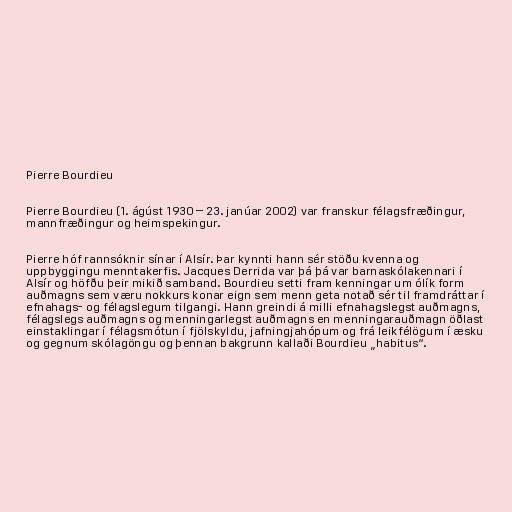
Pierre Bourdieu

Pierre Bourdieu (1. ágúst 1930 – 23. janúar 2002) var franskur félagsfræðingur,
mannfræðingur og heimspekingur.

Pierre hóf rannsóknir sínar í Alsír. Þar kynnti hann sér stöðu kvenna og
uppbyggingu menntakerfis. Jacques Derrida var þá þá var barnaskólakennari í
Alsír og höfðu þeir mikið samband. Bourdieu setti fram kenningar um ólík form
auðmagns sem væru nokkurs konar eign sem menn geta notað sér til framdráttar í
efnahags- og félagslegum tilgangi. Hann greindi á milli efnahagslegst auðmagns,
félagslegs auðmagns og menningarlegst auðmagns en menningarauðmagn öðlast
einstaklingar í félagsmótun í fjölskyldu, jafningjahópum og frá leikfélögum í æsku
og gegnum skólagöngu og þennan bakgrunn kallaði Bourdieu „habitus“.